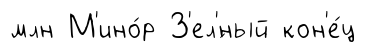
млн М'ино́р З'ел'́ный кон'е́ц